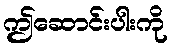
ဤဆောင်းပါးကို